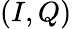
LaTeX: (I,Q)